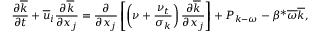
\frac { \partial \overline { { k } } } { \partial t } + \overline { { u } } _ { i } \frac { \partial \overline { { k } } } { \partial x _ { j } } = \frac { \partial } { \partial x _ { j } } \left[ \left( \nu + \frac { \nu _ { t } } { \sigma _ { k } } \right) \frac { \partial \overline { { k } } } { \partial x _ { j } } \right] + P _ { k - \omega } - \beta ^ { * } \overline { { \omega } } \overline { { k } } ,